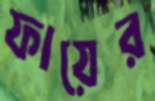
ফায়ের